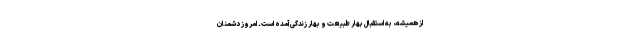
از همیشه، به استقبال بهارِ طبیعت و بهارِ زندگی آمده است. امروز دشمنان